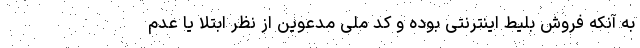
به آنکه فروش بلیط اینترنتی بوده و کد ملی مدعوین از نظر ابتلا یا عدم